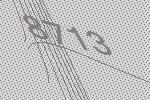
8713